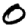
Digit: 0